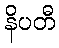
နိပတီ